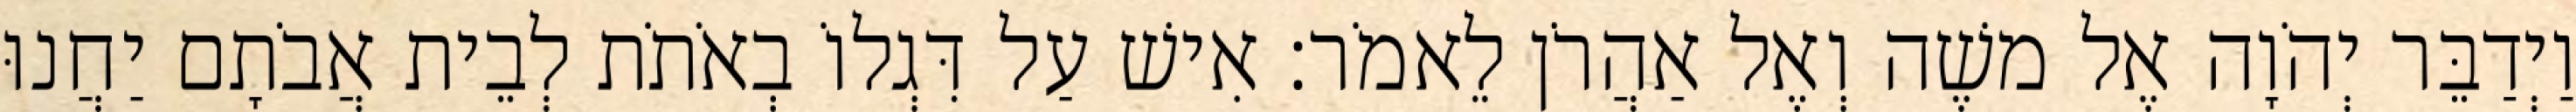
וַיְדַבֵּר יְהֹוָה אֶל משֶׁה וְאֶל אַהֲרֹן לֵאמֹר׃ אִישׁ עַל דִּגְלוֹ בְאֹתֹת לְבֵית אֲבֹתָם יַחֲנוּ